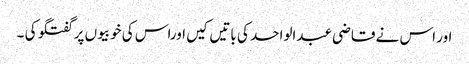
اور اس نے قاضی عبدالواحد کی باتیں کیں اوراس کی خوبیوں پر گفتگو کی ۔